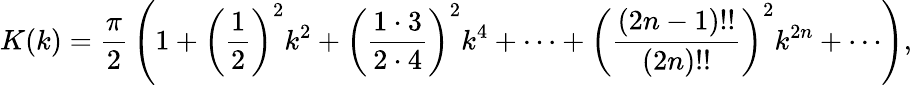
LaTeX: K(k)={\frac{\pi}{2}}\left(1+\left({\frac{1}{2}}\right)^{2}k^{2}+\left({\frac{1\cdot 3}{2\cdot 4}}\right)^{2}k^{4}+\cdots+\left({\frac{\left(2n-1\right)!!}{\left(2n\right)!!}}\right)^{2}k^{2n}+\cdots\right),